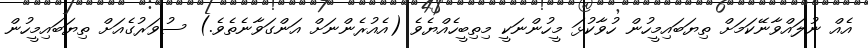
އެއް ނުލައްވާނޭކަމަށް ތިޔަބައިމީހުން ހުވާކުޅަ މީހުންނަކީ މިތިބީހެއްޔެވެ (އެއުރެންނަށް އަންގަވާނެތެވެ.) ސުވަރުގެއަށް ތިޔަބައިމީހުން